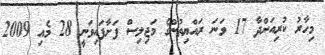
މިހާރު ކުރިއަށްދާ 17 ވަނަ ރައްޔިތުންގެ މަޖިލިސް ފަށާފައިވަނީ 28 މެއި 2009